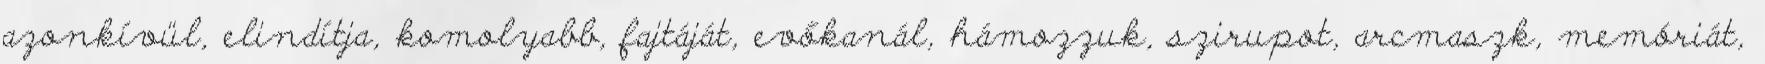
azonkívül, elindítja, komolyabb, fajtáját, evőkanál, hámozzuk, szirupot, arcmaszk, memóriát,